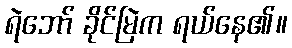
ရဲဘော် ခိုင်မြဲက ရယ်နေ၏။